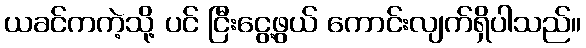
ယခင်ကကဲ့သို့ ပင် ငြီးငွေ့ဖွယ် ကောင်းလျက်ရှိပါသည်။